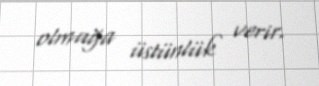
olmağa üstünlük verir.